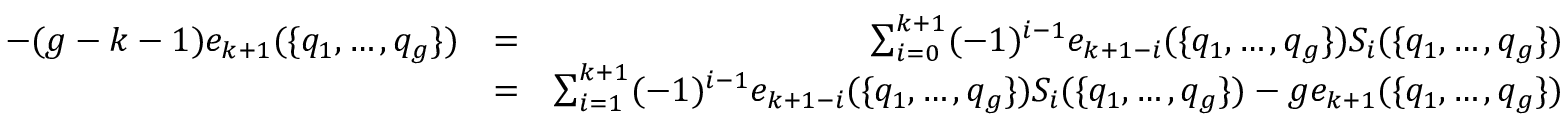
\begin{array} { r l r } { - ( g - k - 1 ) e _ { k + 1 } ( \{ q _ { 1 } , \dots , q _ { g } \} ) } & { = } & { \sum _ { i = 0 } ^ { k + 1 } ( - 1 ) ^ { i - 1 } e _ { k + 1 - i } ( \{ q _ { 1 } , \dots , q _ { g } \} ) S _ { i } ( \{ q _ { 1 } , \dots , q _ { g } \} ) } \\ & { = } & { \sum _ { i = 1 } ^ { k + 1 } ( - 1 ) ^ { i - 1 } e _ { k + 1 - i } ( \{ q _ { 1 } , \dots , q _ { g } \} ) S _ { i } ( \{ q _ { 1 } , \dots , q _ { g } \} ) - g e _ { k + 1 } ( \{ q _ { 1 } , \dots , q _ { g } \} ) } \\ & { } & \end{array}